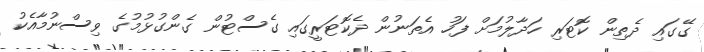
ގޭގައި ދެތިން ކޮޓަރި ހަދާލުމަށް ފަހު އެތަނުން ދެކޮޓަރީގައި ގެސްޓުން ގެންގުޅުމުގެ ވިސްނުމާއެކު